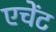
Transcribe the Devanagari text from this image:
एचेंट